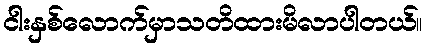
ငါးနှစ်လောက်မှာသတိထားမိလာပါတယ်။